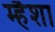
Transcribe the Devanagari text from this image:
म्हैशा